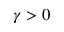
\gamma > 0